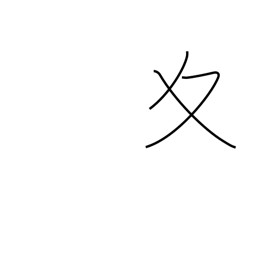
Meaning: winter variant radical (no. 34)